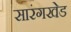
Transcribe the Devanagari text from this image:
सारंगखेड